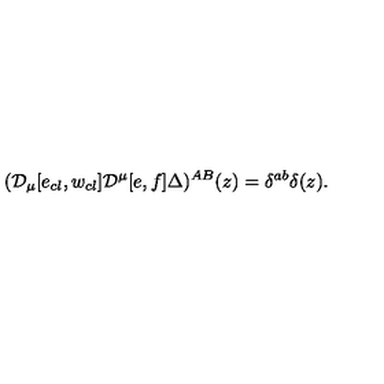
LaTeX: ( { \cal D } _ { \mu } [ e _ { c l } , w _ { c l } ] { \cal D } ^ { \mu } [ e , f ] \Delta ) ^ { A B } ( z ) = \delta ^ { a b } \delta ( z ) .